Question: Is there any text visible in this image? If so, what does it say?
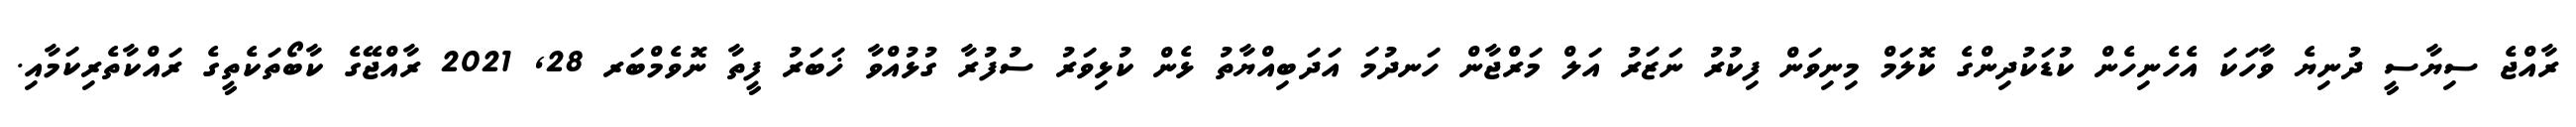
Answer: ރާއްޖެ ސިޔާސީ ދުނިޔެ ވާހަކަ އެހެނިހެން ކުޑަކުދިންގެ ކޮލަމް މިނިވަން ފިކުރު ނަޒަރު އަލް މަރްޖާން ހަނދުމަ އަދަބިއްޔާތު ޅެން ކުޅިވަރު ސުފުރާ ގުޅުއްވާ ޚަބަރު ފީތާ ނޮވެމްބަރ 28, 2021 ރާއްޖޭގެ ކާބޯތަކެތީގެ ރައްކާތެރިކަމާއި.